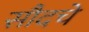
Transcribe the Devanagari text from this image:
सौदचे